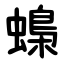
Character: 蟂